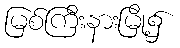
မြစ်ကြီးနားမြို့၌